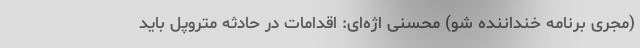
(مجری برنامه خنداننده شو) محسنی اژه‌ای: اقدامات در حادثه متروپل باید